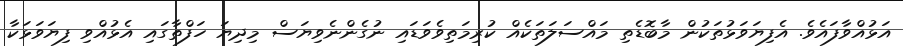
އަޅުއްވާފައެވެ. އެފިޔަވަޅުތަކުން މާބޮޑެތި މައްސަލަތަކެއް ކުރިމަތިވެވަޑައި ނުގެންނެވިޔަސް މިދިޔަ ހަފްތާގައި އެޅުއްވި ފިޔަވަޅަކާ